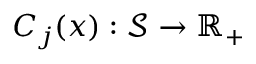
C _ { j } ( x ) : \mathcal S \to \mathbb { R } _ { + }